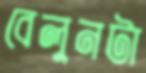
বেলুনটা